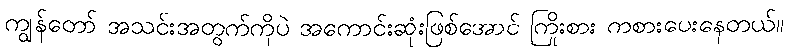
ကျွန်တော် အသင်းအတွက်ကိုပဲ အကောင်းဆုံးဖြစ်အောင် ကြိုးစား ကစားပေးနေတယ်။